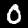
Digit: 0